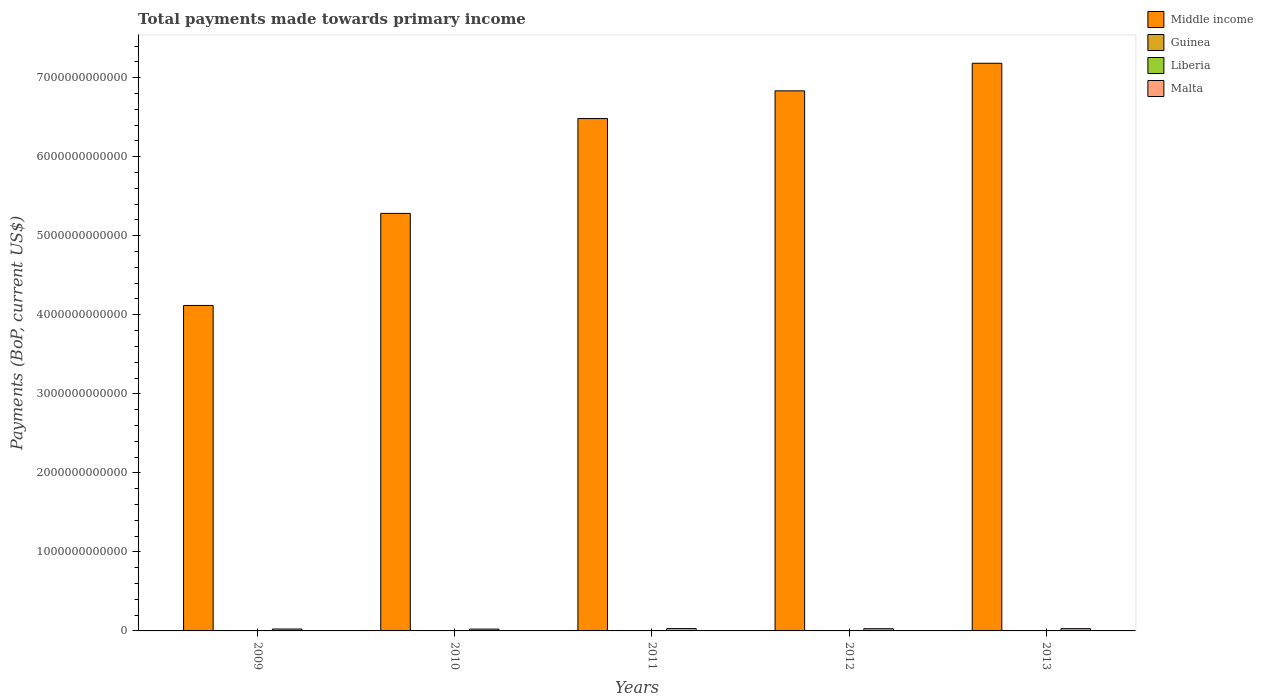
| Years | Middle income | Guinea | Liberia | Malta |
 | --- | --- | --- | --- | --- |
 | 2009 | 4.12e+12 | 1.58e+09 | 1.85e+09 | 2.41e+10 |
 | 2010 | 5.28e+12 | 1.89e+09 | 1.8e+09 | 2.28e+10 |
 | 2011 | 6.48e+12 | 2.83e+09 | 3.33e+09 | 2.94e+10 |
 | 2012 | 6.83e+12 | 3.29e+09 | 2.32e+09 | 2.8e+10 |
 | 2013 | 7.18e+12 | 3.24e+09 | 2.36e+09 | 2.86e+10 |